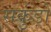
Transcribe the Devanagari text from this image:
सकुंड़ों